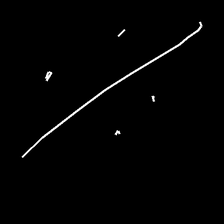
Glyph: cool